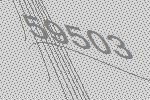
59503